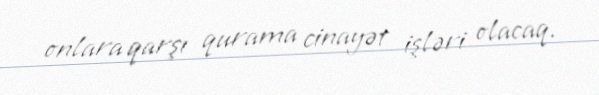
onlara qarşı qurama cinayət işləri olacaq.